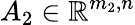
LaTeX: A_{2}\in\mathbb{R}^{m_{2},n}